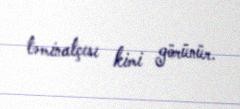
təminatçısı kimi görünür.